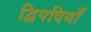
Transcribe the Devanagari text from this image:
द्विपदियाँ